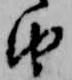
由